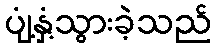
ပျံ့နှံ့သွားခဲ့သည်